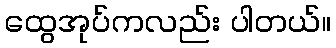
ထွေအုပ်ကလည်း ပါတယ်။